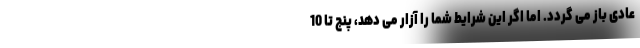
عادی باز می گردد. اما اگر این شرایط شما را آزار می دهد، پنج تا 10